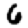
Digit: 6